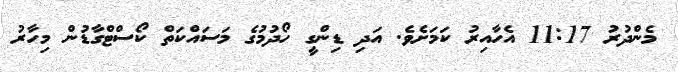
މެންދުރު 11:17 އެހާއިރު ކަމަށެވެ. އަދި ޑިންގީ ހޯދުމުގެ މަސައްކަތް ކޯސްޓްގާޑުން މިހާރު